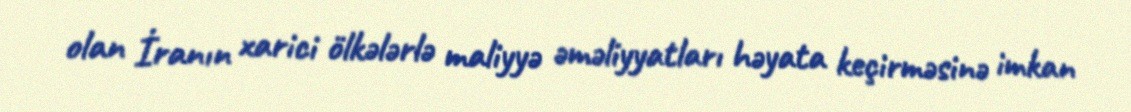
olan İranın xarici ölkələrlə maliyyə əməliyyatları həyata keçirməsinə imkan